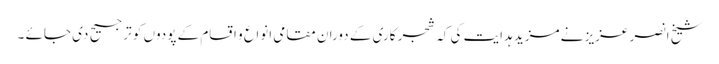
شیخ انصر عزیز نے مزید ہدایت کی کہ شجر کاری کے دوران مقامی انواع و اقسام کے پودوں کو ترجیح دی جائے ۔